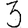
Digit: 3